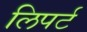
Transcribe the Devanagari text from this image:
लिपर्ट